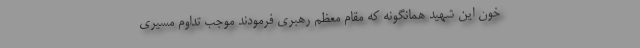
خون این شهید همانگونه که مقام معظم رهبری فرمودند موجب تداوم مسیری